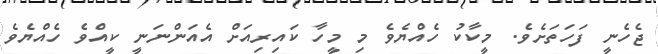
ޖެހެނީ ފަހަތަށެވެ. މީކާކު ހެއްޔެވެ މި މީހާ ކައިރިއަށް އެއަންނަނީ ކީއްވެ ހެއްޔެވެ